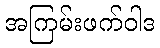
အကြမ်းဖက်ဝါဒ